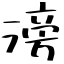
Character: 滂